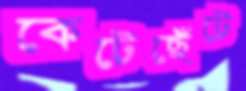
কেটেছেঁটে